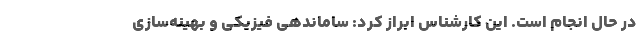
در حال انجام است. این کارشناس ابراز کرد: ساماندهی فیزیکی و بهینه‌سازی